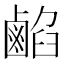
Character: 𪉦